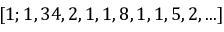
[ 1 ; 1 , 3 4 , 2 , 1 , 1 , 8 , 1 , 1 , 5 , 2 , . . . ]